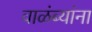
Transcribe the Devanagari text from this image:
वाळंब्यांना